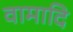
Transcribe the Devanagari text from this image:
वामादि